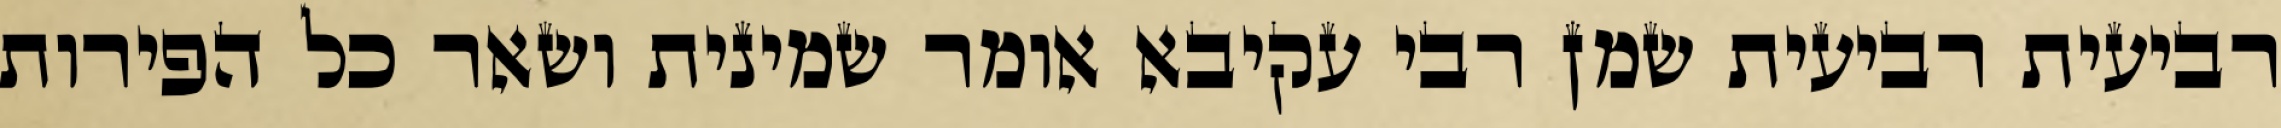
רביעית רביעית שמן רבי עקיבא אומר שמינית ושאר כל הפירות